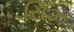
સિઝ